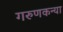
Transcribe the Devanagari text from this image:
गरुणकन्या